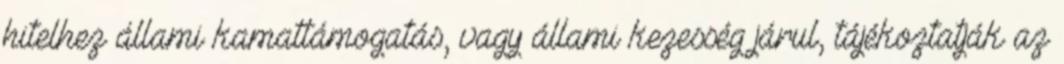
hitelhez állami kamattámogatás, vagy állami kezesség járul, tájékoztatják az